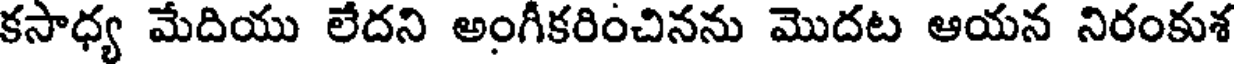
కసాధ్య మేదియు లేదని అంగీకరించినను మొదట ఆయన నిరంకుశ